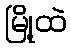
မြို့ထဲ